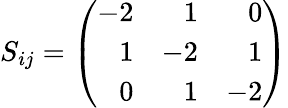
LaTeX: S_{ij}=\left(\begin{array}{rrr}{{-2}}&{{1}}&{{0}}\\ {{1}}&{{-2}}&{{1}}\\ {{0}}&{{1}}&{{-2}}\end{array}\right)